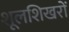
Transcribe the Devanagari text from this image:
शूलशिखरों